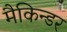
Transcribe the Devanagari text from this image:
मैकिन्डर